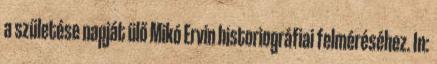
a születése napját ülő Mikó Ervin historiográfiai felméréséhez. In: